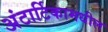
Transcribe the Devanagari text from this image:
अंटार्टिकामधील